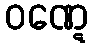
ဝဏ္ဋေ